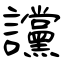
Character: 讜